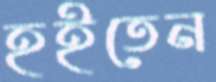
হইতেন